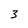
Character: 3